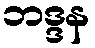
ဘဒ္ဒန